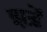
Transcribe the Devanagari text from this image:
झड़ें